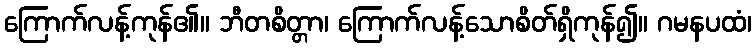
ကြောက်လန့်ကုန်၏။ ဘီတစိတ္တာ၊ ကြောက်လန့်သောစိတ်ရှိကုန်၍။ ဂမနပထံ၊